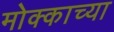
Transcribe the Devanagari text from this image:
मोक्काच्या